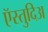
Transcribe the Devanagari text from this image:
ऍस्तुदिअ